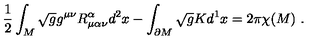
\frac { 1 } { 2 } \int _ { M } \sqrt { g } g ^ { \mu \nu } R _ { \mu \alpha \nu } ^ { \alpha } d ^ { 2 } x - \int _ { \partial M } \sqrt { g } K d ^ { 1 } x = 2 \pi \chi ( M ) \ .